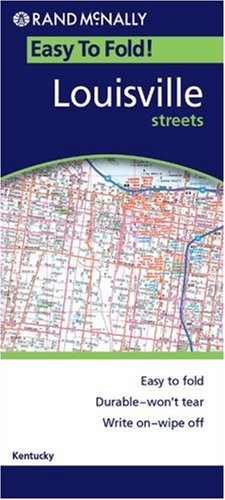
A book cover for Louisville (Easyfinder Maps); Rand McNally; Travel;